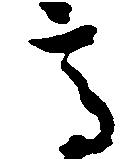
高